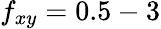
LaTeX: f_{xy}=0.5-3